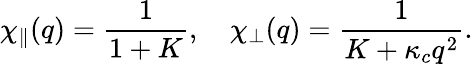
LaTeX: \chi_{\parallel}(q)=\frac{1}{1+K},\quad\chi_{\perp}(q)=\frac{1}{K+\kappa_{c}q^{2}}.